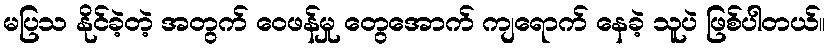
မပြသ နိုင်ခဲ့တဲ့ အတွက် ဝေဖန်မှု တွေအောက် ကျရောက် နေခဲ့ သူပဲ ဖြစ်ပါတယ်။